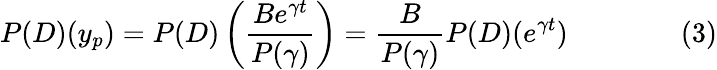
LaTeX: P(D)(y_{p})=P(D)\left({\frac{Be^{\gamma t}}{P(\gamma)}}\right)={\frac{B}{P(\gamma)}}P(D)(e^{\gamma t})\qquad\qquad(3)